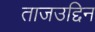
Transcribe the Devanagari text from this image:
ताजउद्दिन